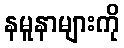
နမူနာများကို